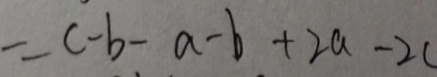
= c - b - a - b + 2 a - 2 c